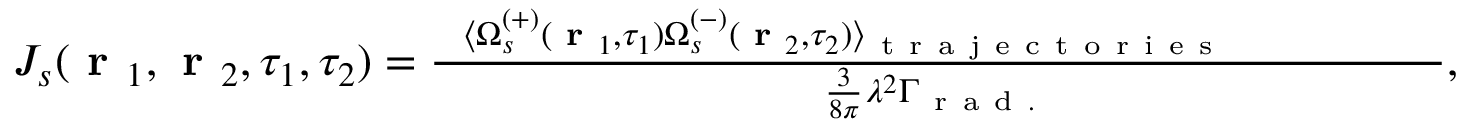
\begin{array} { r } { J _ { s } ( \textbf { r } _ { 1 } , \textbf { r } _ { 2 } , \tau _ { 1 } , \tau _ { 2 } ) = \frac { \, \, \, \, \, \langle \Omega _ { s } ^ { ( + ) } ( \textbf { r } _ { 1 } , \tau _ { 1 } ) \Omega _ { s } ^ { ( - ) } ( \textbf { r } _ { 2 } , \tau _ { 2 } ) \rangle _ { \mathrm { ~ t ~ r ~ a ~ j ~ e ~ c ~ t ~ o ~ r ~ i ~ e ~ s ~ \! ~ \! ~ \! ~ \! ~ \! ~ \! ~ \! ~ \! ~ \! ~ \! ~ \! ~ \! ~ \! ~ \! ~ \! ~ \! ~ \! ~ \! ~ \! ~ \! ~ } } } { \frac { 3 } { 8 \pi } \lambda ^ { 2 } \Gamma _ { \mathrm { ~ r ~ a ~ d ~ . ~ } } } , } \end{array}